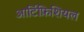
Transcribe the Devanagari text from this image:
आर्टिफ़िशियल